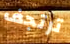
ترتجف